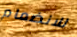
للانضمام